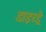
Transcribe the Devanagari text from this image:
डाइरड्रे